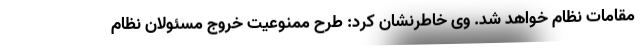
مقامات نظام خواهد شد. وی خاطرنشان کرد: طرح ممنوعیت خروج مسئولان نظام